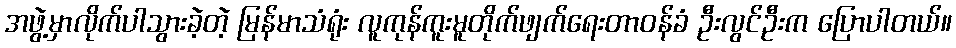
အဖွဲ့မှာလိုက်ပါသွားခဲ့တဲ့ မြန်မာသံရုံး လူကုန်ကူးမူတိုက်ဖျက်ရေးတာဝန်ခံ ဦးလွင်ဦးက ပြောပါတယ်။